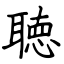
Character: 聴